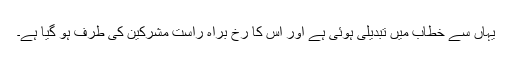
یہاں سے خطاب میں تبدیلی ہوئی ہے اور اُس کا رخ براہ راست مشرکین کی طرف ہو گیا ہے۔